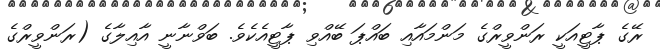
ރޭގެ ޕާޓީއަކީ ރަންވީރްގެ މަންމައާއި ބައްޕަ ބޭއްވި ޕާޓީއެކެވެ. ބަވްނާނީ އާއިލާގެ (ރަންވީރްގެ